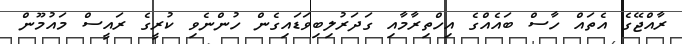
ރާއްޖޭގެ އެތައް ހާސް ބައެއްގެ އިހްތިރާމާއި ގަދަރުލިބިވަޑައިގެން ހުންނެވި ކުރީގެ ރައީސް މައުމޫން